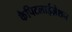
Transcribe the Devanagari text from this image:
कैपिटलाईज़ेशन